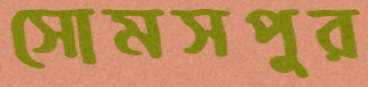
সোমসপুর